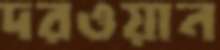
দরওয়ান